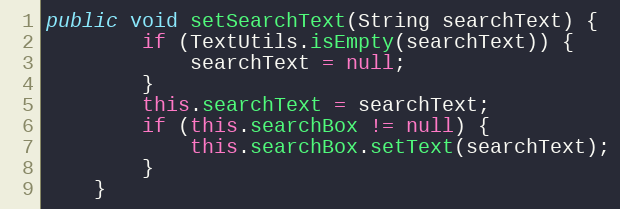
Language: Java
public void setSearchText(String searchText) {
        if (TextUtils.isEmpty(searchText)) {
            searchText = null;
        }
        this.searchText = searchText;
        if (this.searchBox != null) {
            this.searchBox.setText(searchText);
        }
    }